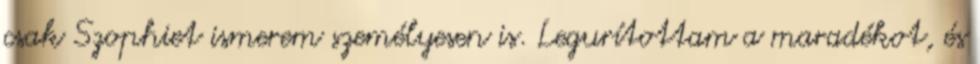
csak Szophiet ismerem személyesen is. Legurítottam a maradékot, és